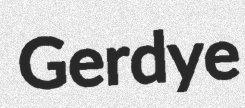
Gerdye